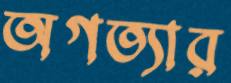
অগত্যার